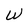
Character: W